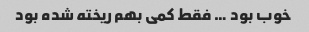
خوب بود … فقط کمی بهم ریخته شده بود